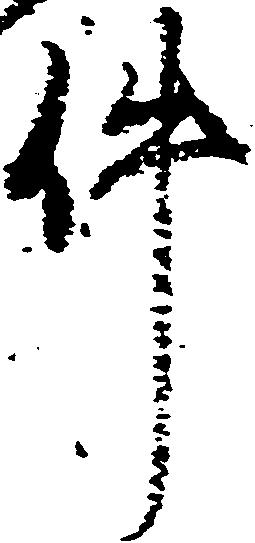
件